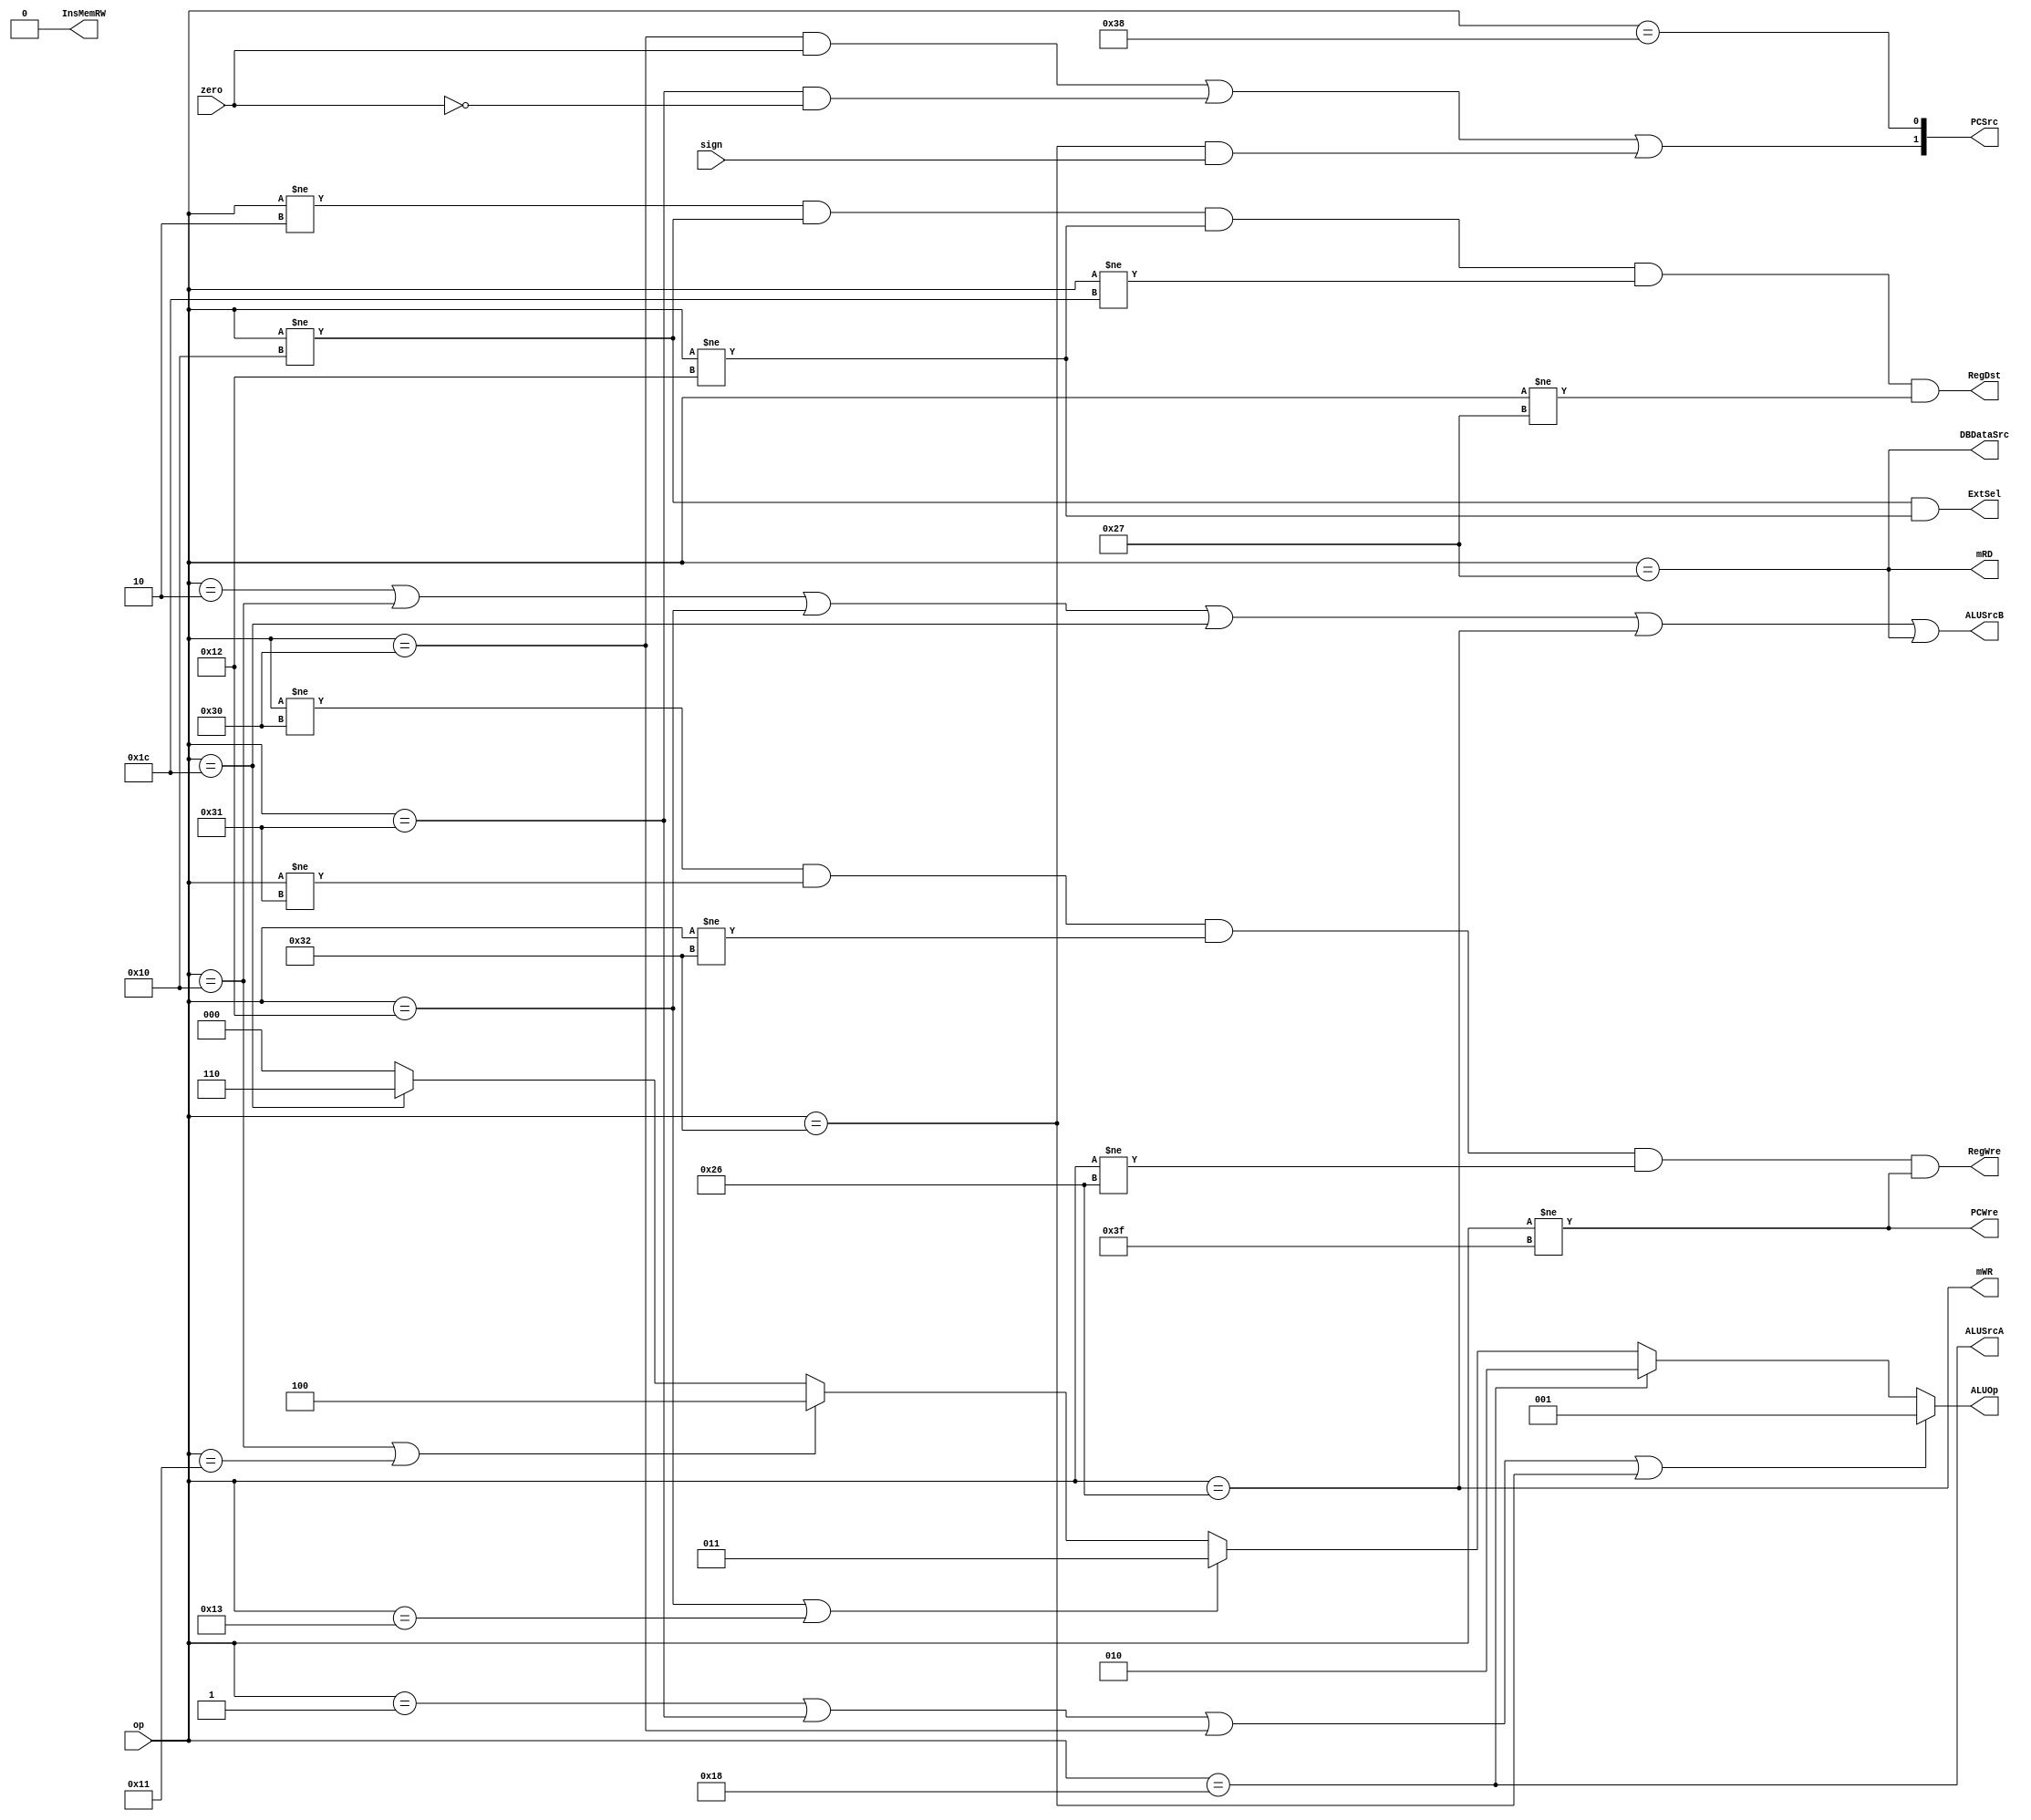
`timescale 1ns / 1ps
module ControlUnit(
	output ExtSel,
	output PCWre,
	output InsMemRW,
	output RegDst,
	output RegWre,
	output[2:0] ALUOp,
	output[1:0] PCSrc,
	output ALUSrcA,
	output ALUSrcB,
	output mRD,
	output mWR,
	output DBDataSrc,
	input[5:0] op,
	input zero,
	input sign
);
	parameter ADD=	6'b000000;
	parameter SUB=	6'b000001;
	parameter ADDIU=6'b000010;
	parameter ANDI=	6'b010000;
	parameter AND=	6'b010001;
	parameter ORI=	6'b010010;
	parameter OR=	6'b010011;
	parameter SLL=	6'b011000;
	parameter SLTI=	6'b011100;
	parameter SW=	6'b100110;
	parameter LW=	6'b100111;
	parameter BEQ=	6'b110000;
	parameter BNE=	6'b110001;
	parameter BLTZ=	6'b110010;
	parameter J=	6'b111000;
	parameter HALT=	6'b111111;
	parameter _ADD=	3'b000;
	parameter _SUB=	3'b001;
	parameter _SLL=	3'b010;
	parameter _OR=	3'b011;
	parameter _AND=	3'b100;
	parameter _SLTU=3'b101;
	parameter _SLT=	3'b110;
	parameter _XOR=	3'b111;

	assign PCWre=		op != HALT;
	assign ALUSrcA=		op == SLL;
	assign ALUSrcB=		op == ADDIU || op == ANDI || op == ORI || op == SLTI || op == SW || op == LW;
	assign DBDataSrc=	op == LW;
	assign RegWre=		op != BEQ && op != BNE && op != BLTZ && op != SW && op != HALT;
	assign InsMemRW=	0;
	assign mRD=			op == LW;
	assign mWR=			op == SW;
	assign RegDst=		op != ADDIU && op != ANDI && op != ORI && op != SLTI && op != LW;
	assign ExtSel=		op != ANDI && op != ORI;
	assign PCSrc[0]=	op == J;
	assign PCSrc[1]=	op == BEQ && zero == 1 || op == BNE && zero == 0 || op == BLTZ && sign == 1;
	assign ALUOp=		op == SUB || op == BNE || op == BEQ || op == BLTZ ? _SUB :
						op == SLL ? _SLL:
						op == ORI || op == OR ? _OR :
						op == ANDI || op == AND ? _AND:
						op == SLTI ? _SLT : _ADD;
endmodule